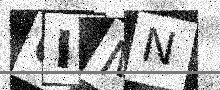
Text: 6IMN